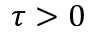
\tau > 0